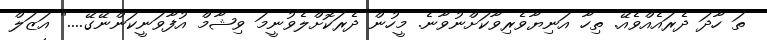
ތަ ހާދަ ދެރައެއްވެއޭ. ތިހާ އަނިޔާވެރިވާކަށްނުވާނެ. މީހުން ދެރަކޮށްލެވުނީމަ ވިޝާމް އުފާވަނީކަންނޭގޭ...." އަޒަލް